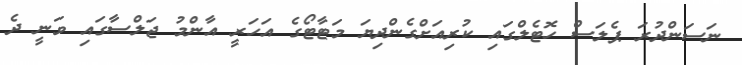
ނަސަންދުރަ ޕެލަސް ހޮޓެލްގައި ކުރިއަށްގެންދިޔަ މަޓާޓޯގެ އަހަރީ އާންމު ޖަލްސާގައި ވަނީ ދެ